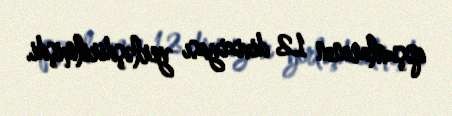
qoşunlarının 12 diviziyası yerləşdirilmişdi.